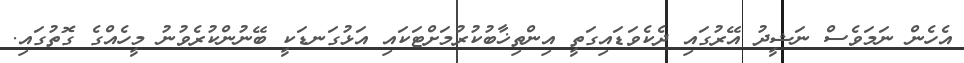
އެހެން ނަމަވެސް ނަޝީދު އޭރުގައި ދެކެވަޑައިގަތީ އިންތިޚާބުކުރުމަށްޓަކައި އަޅުގަނޑަކީ ބޭނުންކުރެވުނު މީހެއްގެ ގޮތުގައި.